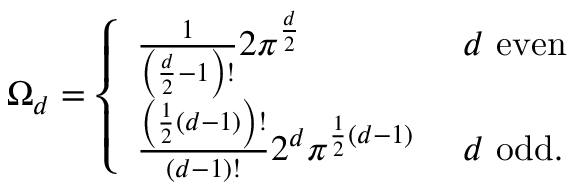
\Omega _ { d } = { \left\{ \begin{array} { l l } { { \frac { 1 } { \left( { \frac { d } { 2 } } - 1 \right) ! } } 2 \pi ^ { \frac { d } { 2 } } \ } & { d { \mathrm { ~ e v e n } } } \\ { { \frac { \left( { \frac { 1 } { 2 } } \left( d - 1 \right) \right) ! } { ( d - 1 ) ! } } 2 ^ { d } \pi ^ { { \frac { 1 } { 2 } } ( d - 1 ) } \ } & { d { \mathrm { ~ o d d } } . } \end{array} \right. }